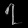
Digit: ၇